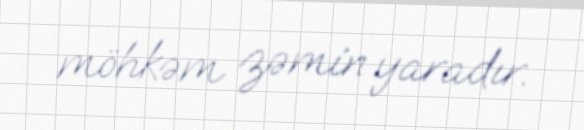
möhkəm zəmin yaradır.